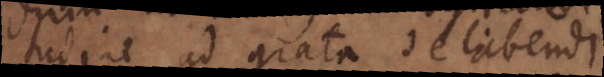
consuetudine ad grata delabendi.